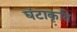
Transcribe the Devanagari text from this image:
घंटाकृति